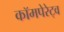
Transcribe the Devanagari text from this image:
कॉमपेरेट्व